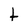
Character: t